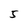
Character: 5